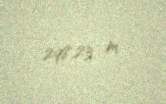
298,23 m